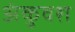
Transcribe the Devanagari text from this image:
अंकुवश